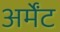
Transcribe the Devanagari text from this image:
अर्मेंट